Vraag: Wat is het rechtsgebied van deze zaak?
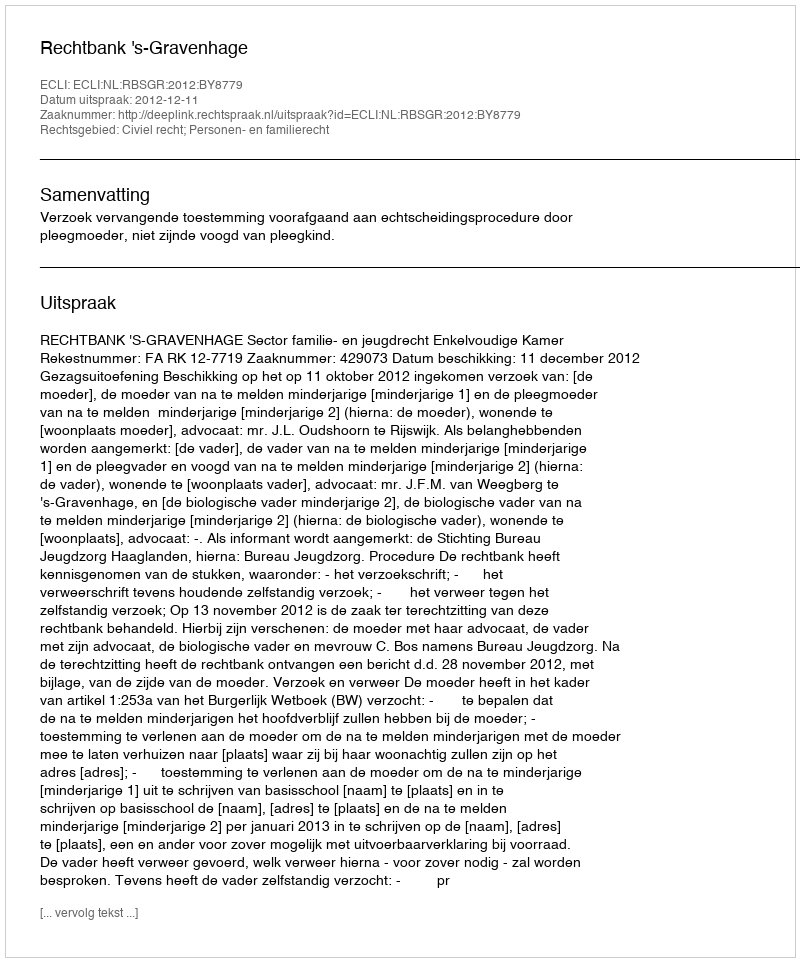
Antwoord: Civiel recht; Personen- en familierecht